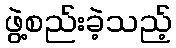
ဖွဲ့စည်းခဲ့သည့်